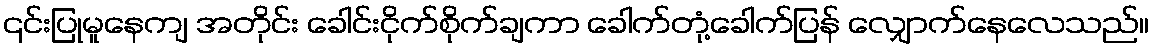
၎င်းပြုမူနေကျ အတိုင်း ခေါင်းငိုက်စိုက်ချကာ ခေါက်တုံ့ခေါက်ပြန် လျှောက်နေလေသည်။